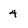
Character: 4